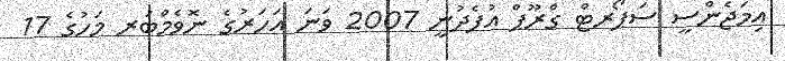
އިމަޖެންސީ ސަޕޯރޓް ގްރޫޕް އުފެދުނީ 2007 ވަނަ އަހަރުގެ ނޮވެމްބަރ މަހުގެ 17